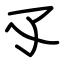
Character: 孓